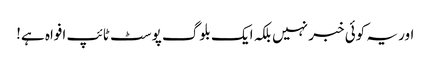
اور یہ کوئی خبر نہیں بلکہ ایک بلوگ پوسٹ ٹائپ افواہ ہے!